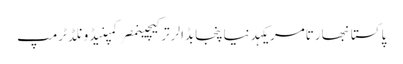
پاکستانبھارتامریکہدنیاپنجابڈالرترکیچینمصرکمپنیڈونلڈ ٹرمپ